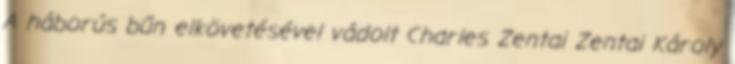
A háborús bűn elkövetésével vádolt Charles Zentai Zentai Károly